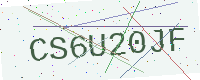
Text: CS6U20JF